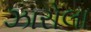
ઝારોલા